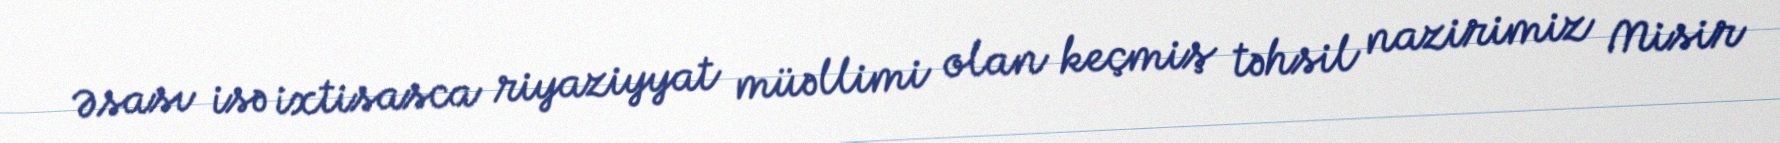
Əsası isə ixtisasca riyaziyyat müəllimi olan keçmiş təhsil nazirimiz Misir